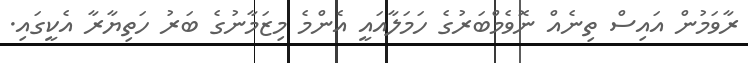
ރާވަމުން އައިސް ތިނެއް ނޮވެމްބަރުގެ ހަމަލާއައީ އެންމެ މިޒަމާނުގެ ބަރު ހަތިޔާރާ އެކީގައި.